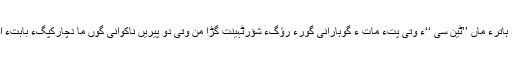
وہدے من وتی سالءِ موکلانی گْوازینگءِ ہاترءَ ماں ’’ٹین سیؔ ‘‘ءَ وتی پِتءُ مات ءُ گوہارانی گْورءَ رؤگءِ شؤرٹہینت گڑا من وتی دو پیریں ناکوانی گوں ما دچارکپَگءِ بابتءَ اوں نبشتہ کت، کہ منی ماتءِ برات اتَنت۔